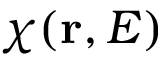
\chi ( \mathbf { r } , E )